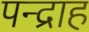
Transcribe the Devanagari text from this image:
पन्द्राह